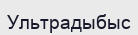
Ультрадыбыс